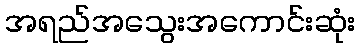
အရည်အသွေးအကောင်းဆုံး